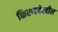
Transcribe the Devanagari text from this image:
किरणदेखील